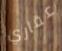
عقاري